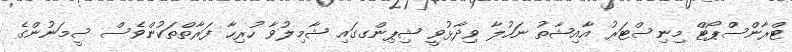
ޓްރާންސްޕޯޓް މިނިސްޓަރު އާއިޝާތު ނަހުލާ ވިދާޅުވީ ޝިޕިންގގައި ޝާމިލުވާ ހުރިހާ ފަރާތްތަކުންވެސް ސީމަނުންގެ